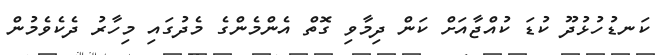
ކަނޑުހުޅުދޫ ކުޑަ ކުއްޖާއަށް ކަން ދިމާވި ގޮތް އެންމެންގެ މެދުގައި މިހާރު ދެކެވެމުން